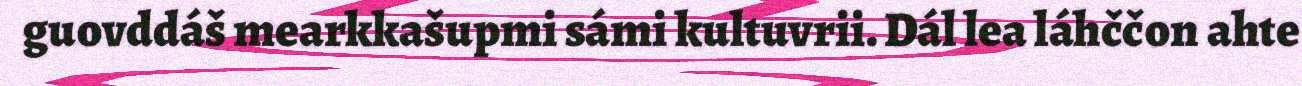
guovddáš mearkkašupmi sámi kultuvrii. Dál lea láhččon ahte